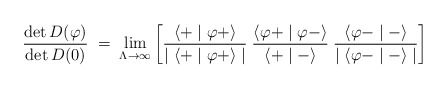
\begin{align*}\frac{\det D(\varphi)}{\det D(0)} \;=\; \lim_{\Lambda \to \infty}\left[\frac{\langle + \mid \varphi + \rangle}{\mid \langle + \mid \varphi + \rangle\mid}\;\frac{\langle \varphi + \mid \varphi - \rangle}{\langle + \mid - \rangle }\;\frac{\langle \varphi - \mid - \rangle}{\mid \langle \varphi - \mid - \rangle\mid}\right]\end{align*}